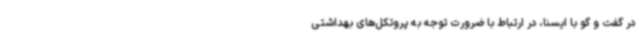
در گفت و گو با ایسنا، در ارتباط با ضرورت توجه به پروتکل‌های بهداشتی